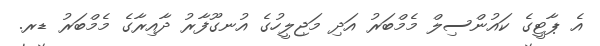
އެ ޕާޓީގެ ކައުންސިލް މެމްބަރު އަދި މަޖިލީހުގެ އުނގޫފާރު ދާއިރާގެ މެމްބަރު ޑރ.